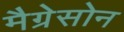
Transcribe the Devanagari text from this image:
मैग्रेसोन